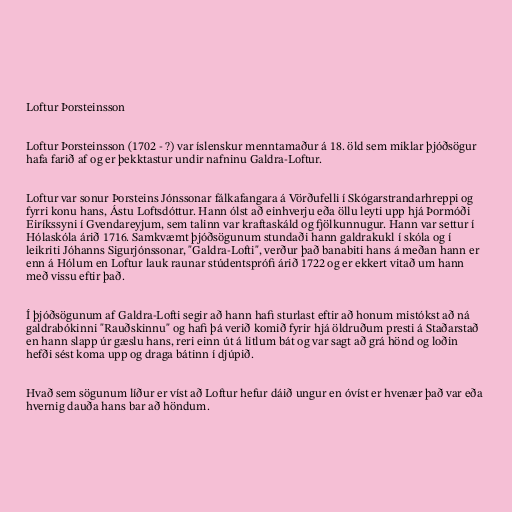
Loftur Þorsteinsson

Loftur Þorsteinsson (1702 - ?) var íslenskur menntamaður á 18. öld sem miklar þjóðsögur
hafa farið af og er þekktastur undir nafninu Galdra-Loftur.

Loftur var sonur Þorsteins Jónssonar fálkafangara á Vörðufelli í Skógarstrandarhreppi og
fyrri konu hans, Ástu Loftsdóttur. Hann ólst að einhverju eða öllu leyti upp hjá Þormóði
Eiríkssyni í Gvendareyjum, sem talinn var kraftaskáld og fjölkunnugur. Hann var settur í
Hólaskóla árið 1716. Samkvæmt þjóðsögunum stundaði hann galdrakukl í skóla og í
leikriti Jóhanns Sigurjónssonar, "Galdra-Lofti", verður það banabiti hans á meðan hann er
enn á Hólum en Loftur lauk raunar stúdentsprófi árið 1722 og er ekkert vitað um hann
með vissu eftir það.

Í þjóðsögunum af Galdra-Lofti segir að hann hafi sturlast eftir að honum mistókst að ná
galdrabókinni "Rauðskinnu" og hafi þá verið komið fyrir hjá öldruðum presti á Staðarstað
en hann slapp úr gæslu hans, reri einn út á litlum bát og var sagt að grá hönd og loðin
hefði sést koma upp og draga bátinn í djúpið.

Hvað sem sögunum líður er víst að Loftur hefur dáið ungur en óvíst er hvenær það var eða
hvernig dauða hans bar að höndum.